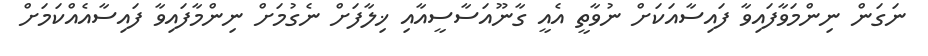
ނަގަން ނިންމަވާފައިވާ ފައިސާއަކަށް ނުވާތީ އެއީ ގާނޫއަސާސީއާއި ޚިލާފަށް ނެގުމަށް ނިންމާފައިވާ ފައިސާއެއްކަމަށް